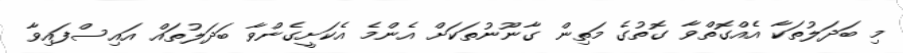
މި ބަދަލުތަކާ އެއްގޮތްވާ ގޮތުގެ މަތިން ގާނޫނުތަކަށް އެންމެ އެކަށީގެންވާ ބަދަލުތައް އައިސްފައިވާ